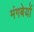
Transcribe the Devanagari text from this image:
मंगबेयों